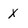
Character: x